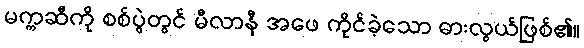
မက္ကဆီကို စစ်ပွဲတွင် မီလာနီ အဖေ ကိုင်ခဲ့သော ဓားလွယ်ဖြစ်၏။